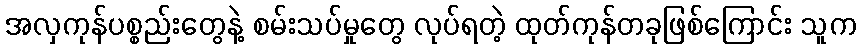
အလှကုန်ပစ္စည်းတွေနဲ့ စမ်းသပ်မှုတွေ လုပ်ရတဲ့ ထုတ်ကုန်တခုဖြစ်ကြောင်း သူက